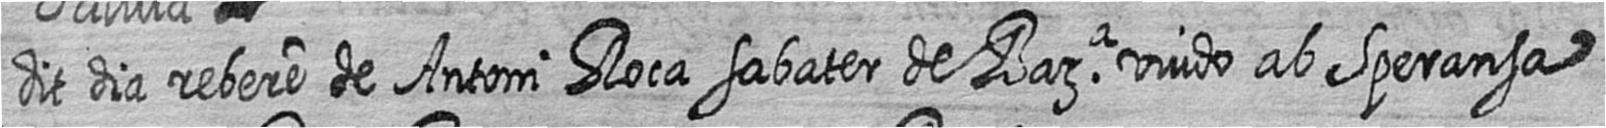
dit dia rebere de Antoni Roca sabater de Bara viudo ab Speransa